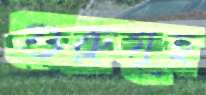
গুরুগৃহ